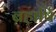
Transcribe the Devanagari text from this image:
ब्रहार्षि